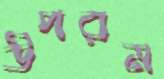
উপরম